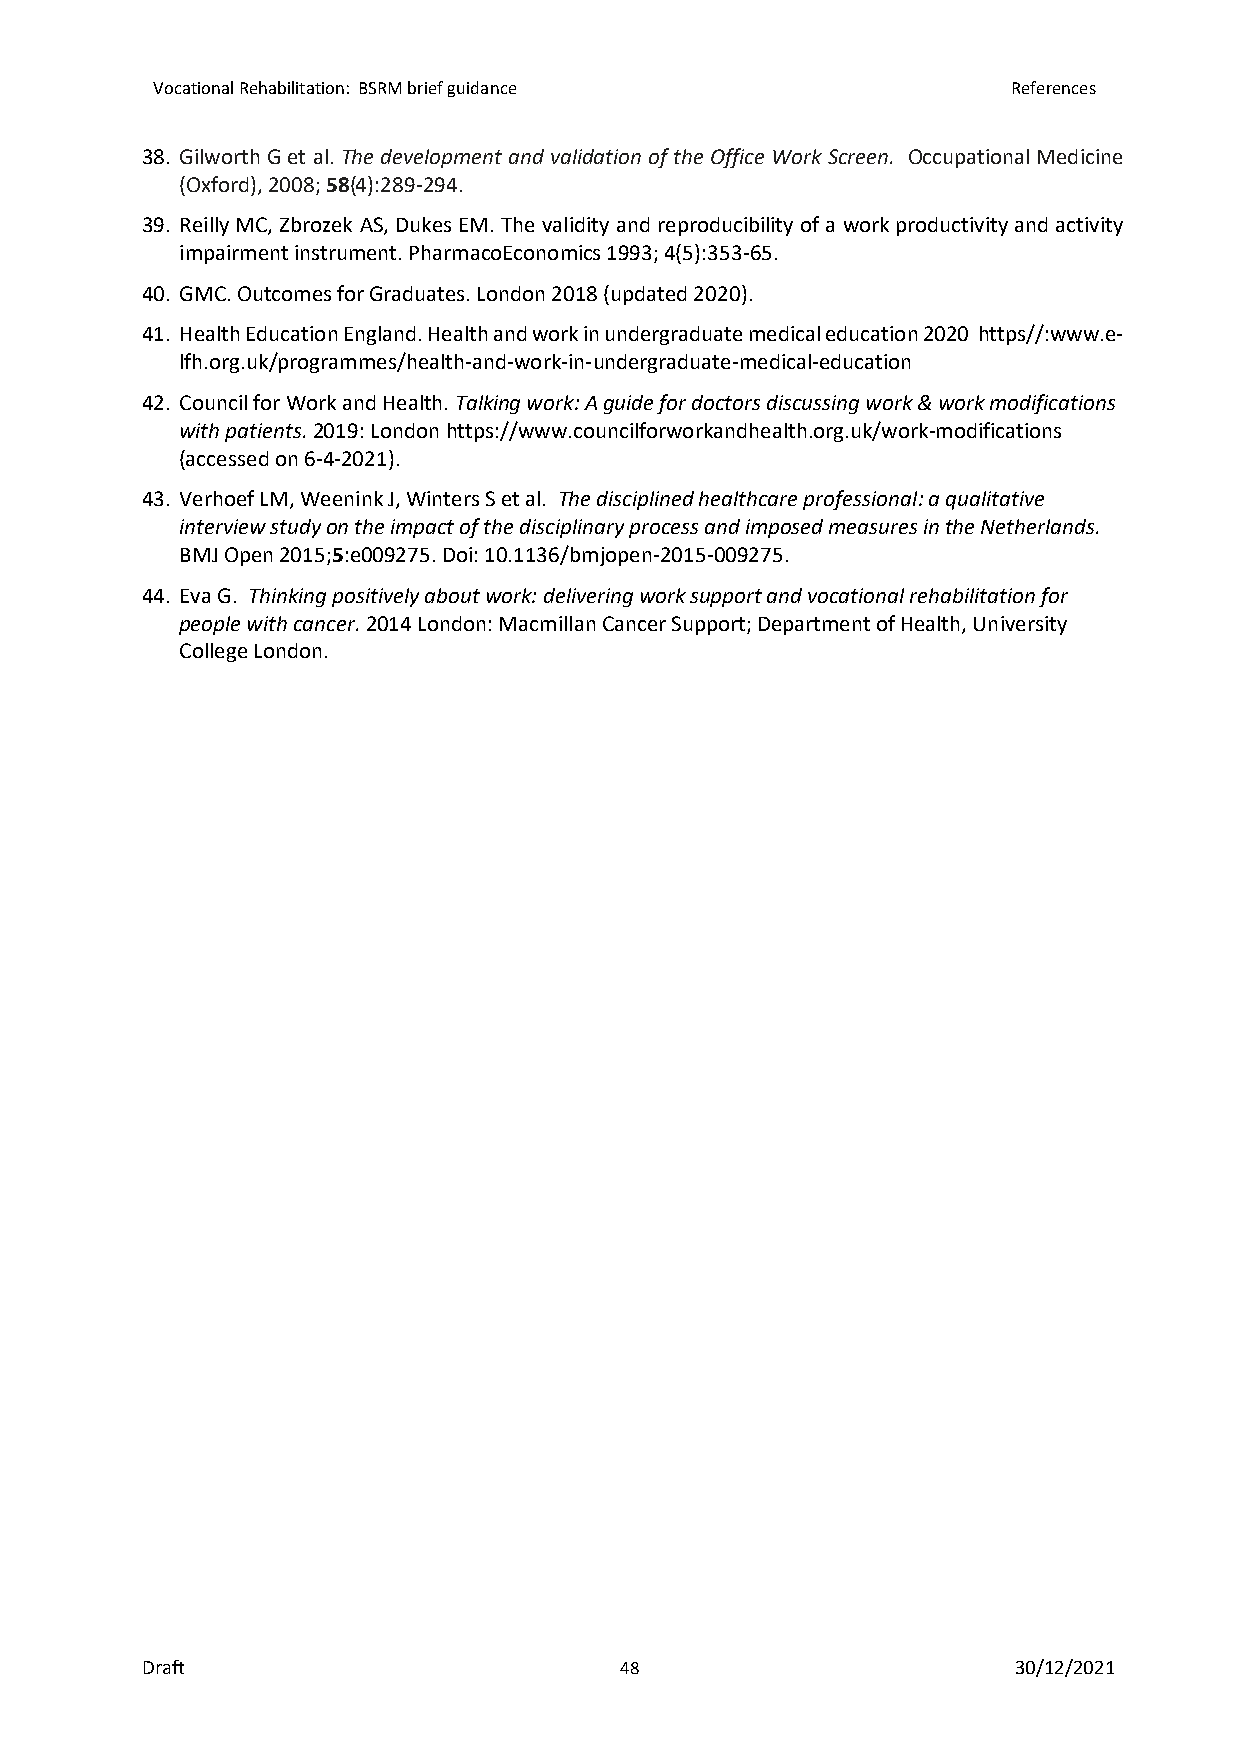
Vocational Rehabilitation: BSRM brief guidance           References
 38. Gilworth G et al. The development and validation of the Office Work Screen. Occupational Medicine
 (Oxford), 2008; 58(4):289-294.
 39. Reilly MC, Zbrozek AS, Dukes EM. The validity and reproducibility of a work productivity and activity
 impairment instrument. PharmacoEconomics 1993; 4(5):353-65.
 40. GMC. Outcomes for Graduates. London 2018 (updated 2020).
 41. Health Education England. Health and work in undergraduate medical education 2020 https//:www.e-
 lfh.org.uk/programmes/health-and-work-in-undergraduate-medical-education
 42. Council for Work and Health. Talking work: A guide for doctors discussing work & work modifications
 with patients. 2019: London https://www.councilforworkandhealth.org.uk/work-modifications
 (accessed on 6-4-2021).
 43. Verhoef LM, Weenink J, Winters S et al. The disciplined healthcare professional: a qualitative
 interview study on the impact of the disciplinary process and imposed measures in the Netherlands.
 BMJ Open 2015;5:e009275. Doi: 10.1136/bmjopen-2015-009275.
 44. Eva G. Thinking positively about work: delivering work support and vocational rehabilitation for
 people with cancer. 2014 London: Macmillan Cancer Support; Department of Health, University
 College London.
 Draft                           48                        30/12/2021